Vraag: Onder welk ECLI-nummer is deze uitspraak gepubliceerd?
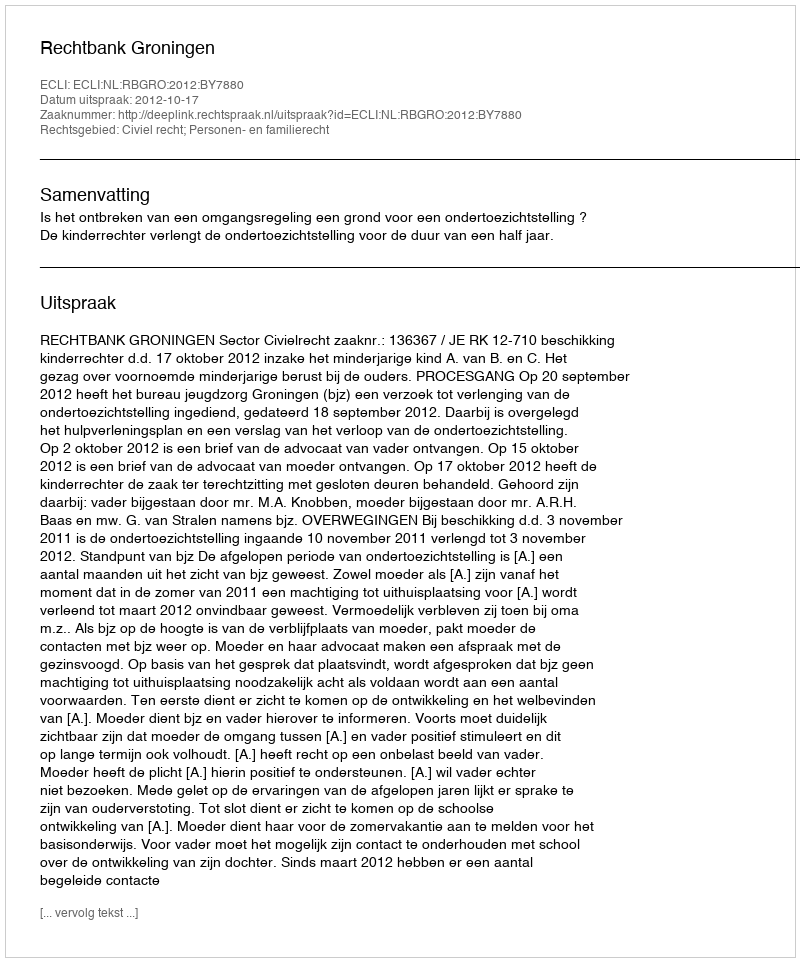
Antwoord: ECLI:NL:RBGRO:2012:BY7880